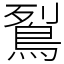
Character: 鴷